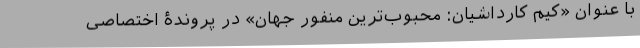
با عنوان «کیم کارداشیان: محبوب‌ترین منفور جهان» در پروندۀ اختصاصی